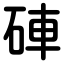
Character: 硨